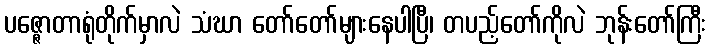
ပဇ္ဇောတာရုံတိုက်မှာလဲ သံဃာ တော်တော်များနေပါပြီ၊ တပည့်တော်ကိုလဲ ဘုန်းတော်ကြီး